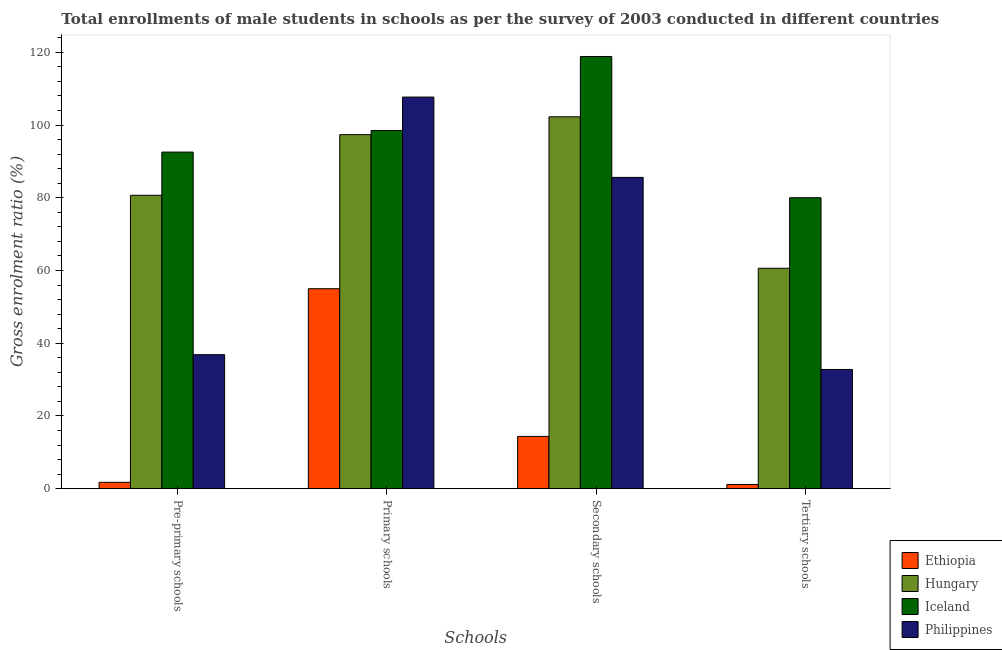
| Schools | Ethiopia | Hungary | Iceland | Philippines |
 | --- | --- | --- | --- | --- |
 | Pre-primary schools | 1.75 | 80.7 | 92.6 | 36.9 |
 | Primary schools | 55 | 97.4 | 98.5 | 108 |
 | Secondary schools | 14.4 | 102 | 119 | 85.6 |
 | Tertiary schools | 1.16 | 60.6 | 80 | 32.8 |